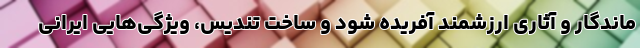
ماندگار و آثاری ارزشمند آفریده شود و ساخت تندیس، ویژگی‌هایی ایرانی